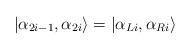
LaTeX: \begin{align*}\left| \alpha _{2i-1},\alpha _{2i}\right\rangle =\left| \alpha _{Li},\alpha _{Ri}\right\rangle\end{align*}